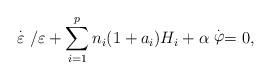
LaTeX: \begin{align*}\stackrel{.}{\varepsilon }/\varepsilon +\sum_{i=1}^pn_i(1+a_i)H_i+\alpha \stackrel{.}{\varphi }=0, \end{align*}